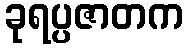
ခုရပ္ပဇာတက